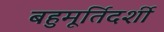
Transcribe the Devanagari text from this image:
बहुमूर्तिदर्शी